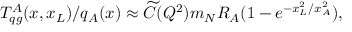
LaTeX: T _ { q g } ^ { A } ( x , x _ { L } ) / q _ { A } ( x ) \approx \widetilde { C } ( Q ^ { 2 } ) m _ { N } R _ { A } ( 1 - e ^ { - x _ { L } ^ { 2 } / x _ { A } ^ { 2 } } ) ,